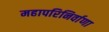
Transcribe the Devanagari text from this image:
महापरिनिर्वाणा